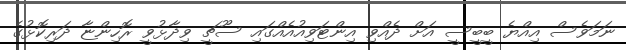
ނަމަވެސް އިއްޔެ ބީބީސީ އަށް ދެއްވި އިންޓަވިއުއެއްގައި ސޫޗީ ވިދާޅުވީ ރޮހިންޏާ ދަރިކޮޅުގެ